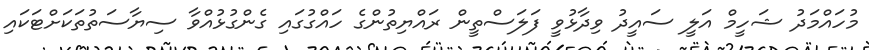
މުހައްމަަދު ޝަހީމް އަލީ ސައީދު ވިދާޅުވީ ފަލަސްތީން ރައްޔިތުންގެ ހައްގުގައި ގެންގުޅުއްވާ ސިޔާސަތުތަކަށްޓަކައި